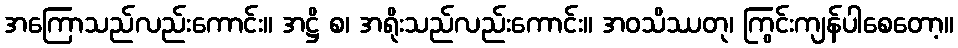
အကြောသည်လည်းကောင်း။ အဋ္ဌိ စ၊ အရိုးသည်လည်းကောင်း။ အဝသိဿတု၊ ကြွင်းကျန်ပါစေတော့။